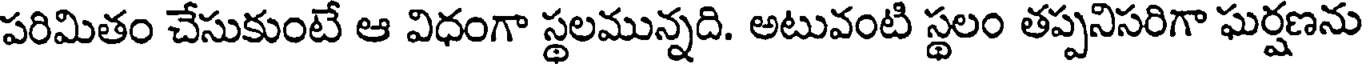
పరిమితం చేసుకుంటే ఆ విధంగా స్థలమున్నది. అటువంటి స్థలం తప్పనిసరిగా ఘర్షణను